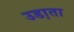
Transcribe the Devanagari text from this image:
उडा़ता